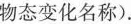
物态变化名称).